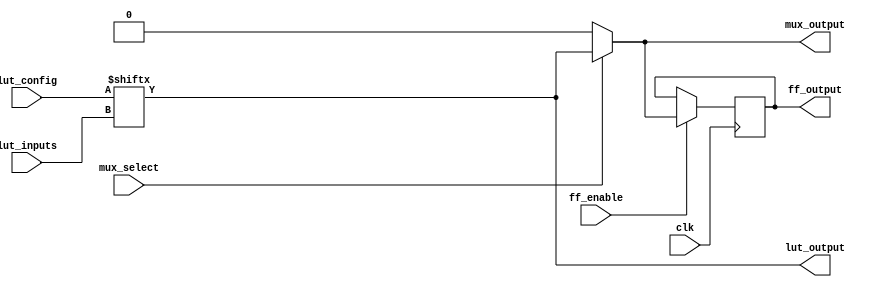
module CLB (
    input wire [3:0] lut_inputs,      // 4 inputs for the LUT
    input wire [15:0] lut_config,      // LUT configuration (truth table)
    input wire mux_select,             // MUX select signal
    input wire clk,                    // Clock signal for FF
    input wire ff_enable,              // Enable signal for FF
    output wire lut_output,            // Output from the LUT
    output wire mux_output,            // Output from the MUX
    output reg ff_output               // Output from the FF
);

    // Look-Up Table (LUT) implementation
    assign lut_output = lut_config[lut_inputs]; // LUT output based on inputs and configuration

    // Multiplexer (MUX) implementation
    assign mux_output = mux_select ? lut_output : 1'b0; // Select between LUT output and 0

    // Flip-Flop (FF) implementation
    always @(posedge clk) begin
        if (ff_enable) begin
            ff_output <= mux_output; // Store MUX output in FF on clock edge
        end
    end

endmodule